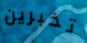
تخبرين